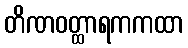
တိဏဝတ္ထာရကကထာ